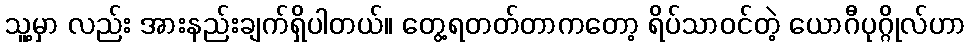
သူ့မှာ လည်း အားနည်းချက်ရှိပါတယ်။ တွေ့ရတတ်တာကတော့ ရိပ်သာဝင်တဲ့ ယောဂီပုဂ္ဂိုလ်ဟာ